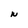
Character: N